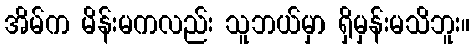
အိမ်က မိန်းမကလည်း သူဘယ်မှာ ရှိမှန်းမသိဘူး။